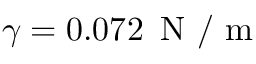
\gamma = 0 . 0 7 2 \, \mathrm { ~ N ~ / ~ m ~ }